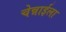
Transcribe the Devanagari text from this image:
चेन्नाईला